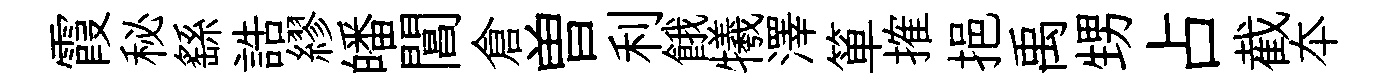
霞秘繇誥繆皤閶倉曽利餓犧澤箪搉挹禹甥占截夲